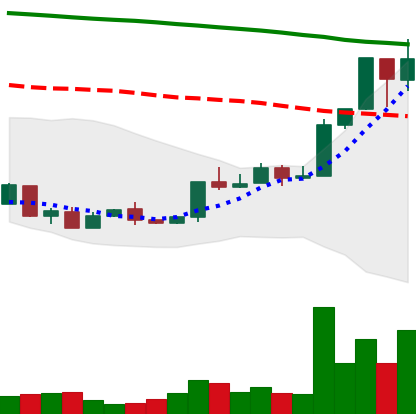
Ticker: XMR-USD
Chart end date: 2018-04-22
Forward return: -7.16%
Label: down_7plus